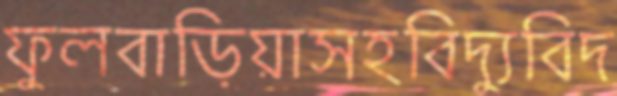
ফুলবাড়িয়াসহবিদ্যুবিদ